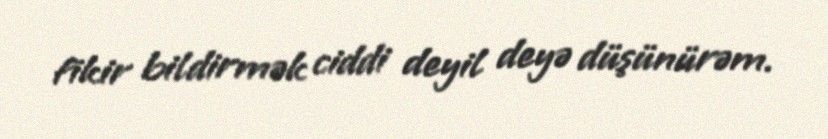
fikir bildirmək ciddi deyil deyə düşünürəm.